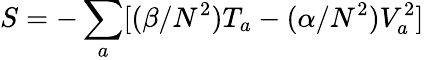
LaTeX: S=-\sum_{a}[(\beta/N^{2})T_{a}-(\alpha/N^{2})V_{a}^{2}]